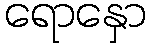
ရောနှော